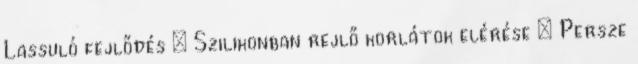
Lassuló fejlődés – Szilikonban rejlő korlátok elérése – Persze